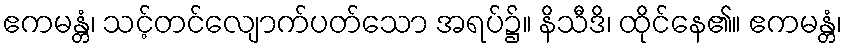
ဧကမန္တံ၊ သင့်တင်လျောက်ပတ်သော အရပ်၌။ နိသီဒိ၊ ထိုင်နေ၏။ ဧကမန္တံ၊